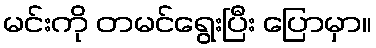
မင်းကို တမင်ရွေးပြီး ပြောမှာ။